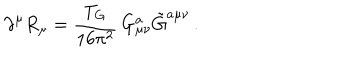
\partial ^ { \mu } R _ { \mu } = \frac { T _ { G } } { 1 6 \pi ^ { 2 } } \, G _ { \mu \nu } ^ { a } \tilde { G } ^ { a \mu \nu } \, .